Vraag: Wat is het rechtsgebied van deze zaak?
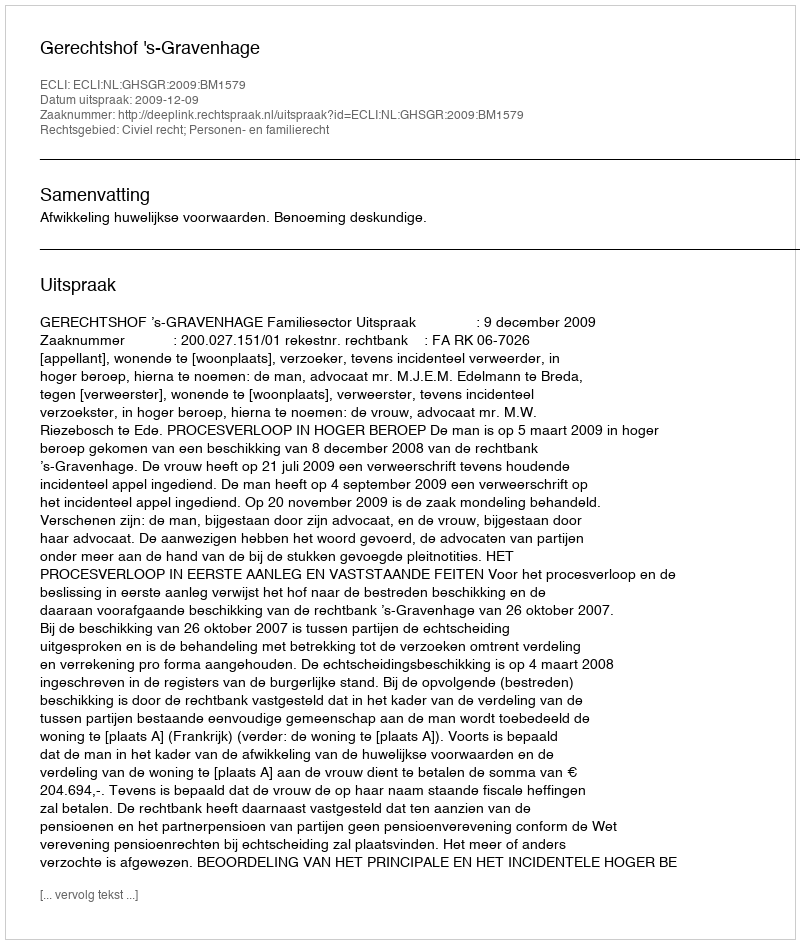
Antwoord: Civiel recht; Personen- en familierecht